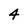
Character: 4